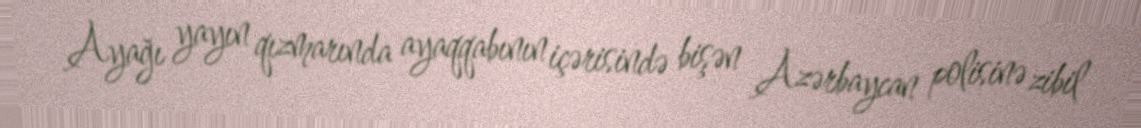
Ayağı yayın qızmarında ayaqqabının içərisində bişən Azərbaycan polisinə zibil